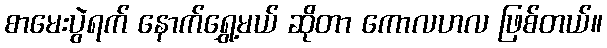
စာမေးပွဲရက် နောက်ရွှေ့မယ် ဆိုတာ ကောလဟလ ဖြစ်တယ်။